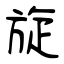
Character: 旋